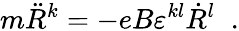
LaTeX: m\ddot{R}^{k}=-eB\varepsilon^{kl}\dot{R}^{l}\; \; .